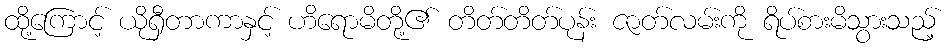
ထို့ကြောင့် ယိုရှီတာကာနှင့် ဟိရောမိတို့၏ တိတ်တိတ်ပုန်း ဇာတ်လမ်းကို ရိပ်စားမိသွားသည့်